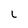
Character: L